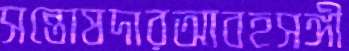
সন্তোষদারআবহসঙ্গী